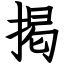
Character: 掲